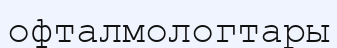
офталмологтары